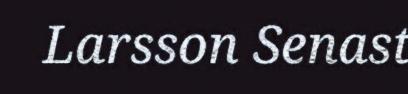
Larsson Senast